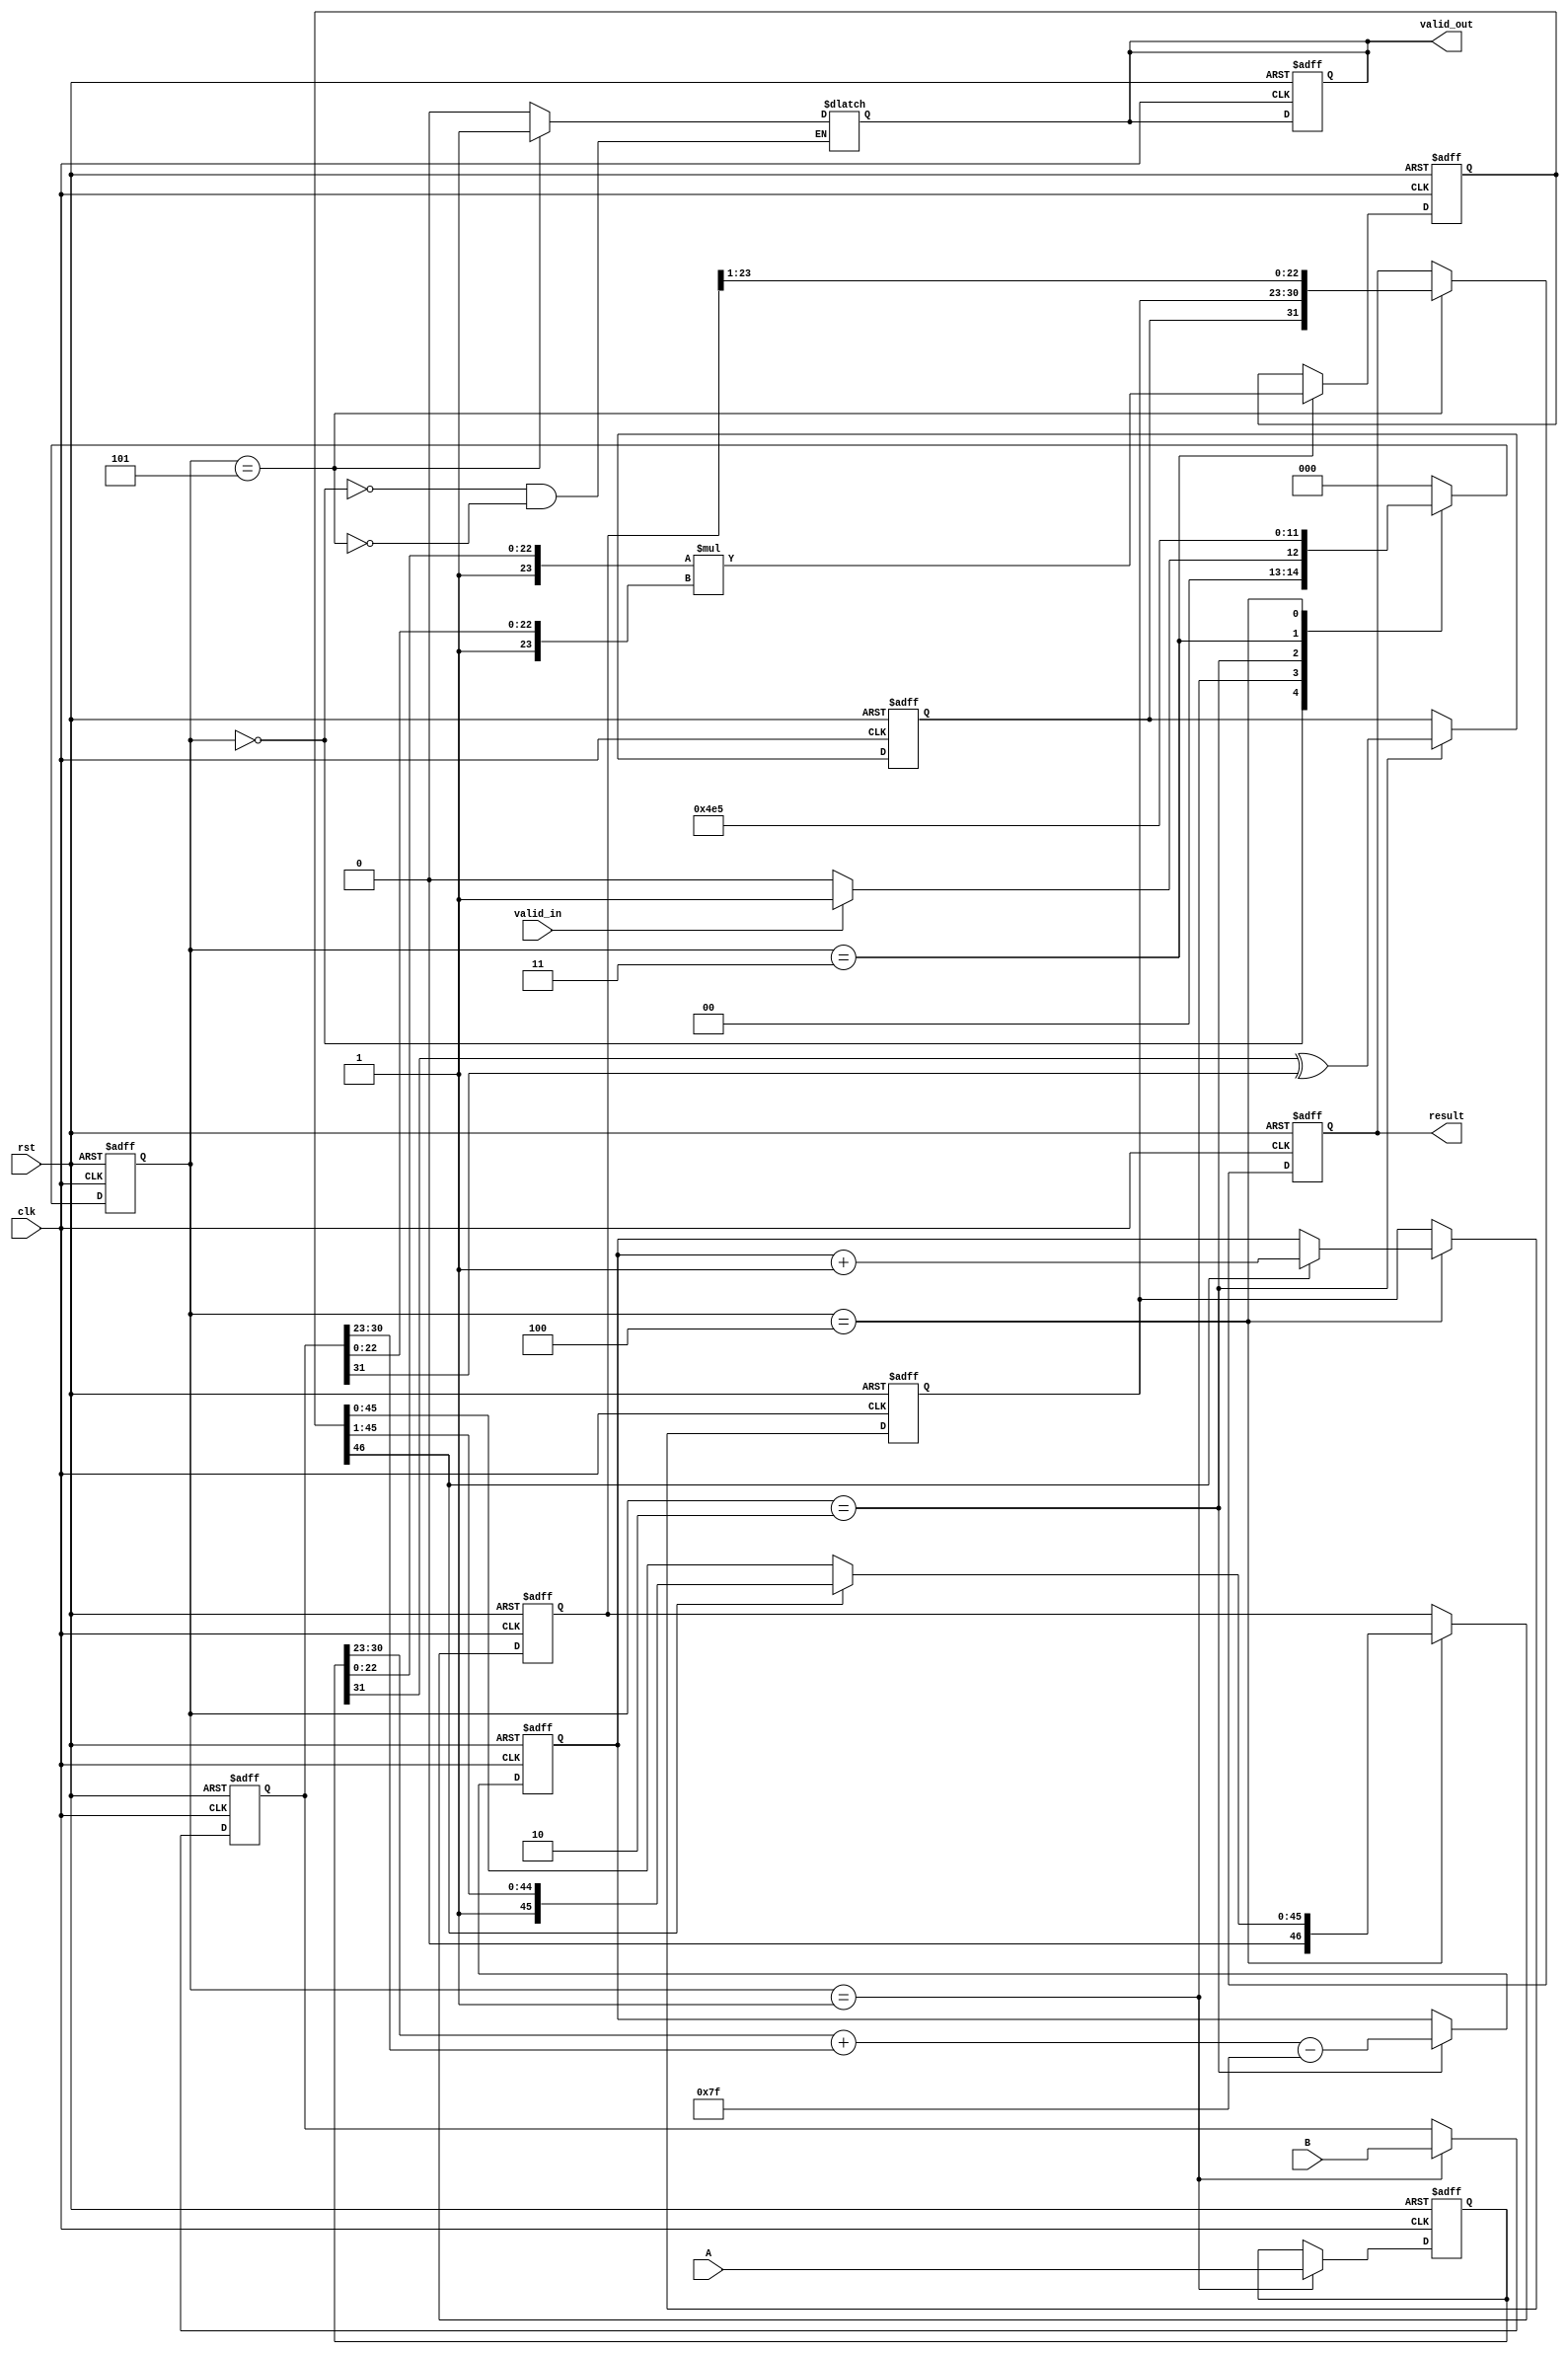
module pipelined_fp_multiplier (
    input clk,
    input rst,
    input valid_in,
    input [31:0] A,
    input [31:0] B,
    output reg valid_out,
    output reg [31:0] result
);

    // State Definitions
    localparam IDLE       = 3'b000;
    localparam DECOMPOSE  = 3'b001;
    localparam SIGN_EXP   = 3'b010;
    localparam MANTISSA   = 3'b011;
    localparam NORMALIZE   = 3'b100;
    localparam ROUND_OUTPUT = 3'b101;
    
    // Pipeline Registers
    reg [31:0] A_reg, B_reg;
    reg sign_out;
    reg [7:0] exp_out;
    reg [46:0] mantissa_out;
    reg [47:0] mantissa_mult;
    reg [7:0] exp_diff;
    reg [22:0] rounded_mantissa;

    // FSM State Register
    reg [2:0] state, next_state;

    // Carrying the exponent bias
    localparam EXP_BIAS = 8'd127;

    // Finite State Machine
    always @(posedge clk or posedge rst) begin
        if (rst) begin
            state <= IDLE;
            valid_out <= 0;
        end else begin
            state <= next_state;
        end
    end

    // State Transition Logic
    always @(*) begin
        case (state)
            IDLE: begin
                valid_out = 0;
                if (valid_in) next_state = DECOMPOSE;
                else next_state = IDLE;
            end
            
            DECOMPOSE: next_state = SIGN_EXP;

            SIGN_EXP: next_state = MANTISSA;

            MANTISSA: next_state = NORMALIZE;

            NORMALIZE: next_state = ROUND_OUTPUT;

            ROUND_OUTPUT: begin
                valid_out = 1;
                next_state = IDLE;
            end

            default: next_state = IDLE;
        endcase
    end
    
    // Input Stage and Decomposition
    always @(posedge clk or posedge rst) begin
        if (rst) begin
            A_reg <= 0;
            B_reg <= 0;
        end else if (state == DECOMPOSE) begin
            A_reg <= A;  // Store input A
            B_reg <= B;  // Store input B
        end
    end
    
    wire [22:0] mantissa_A = A_reg[22:0];
    wire [22:0] mantissa_B = B_reg[22:0];
    wire sign_A = A_reg[31];
    wire sign_B = B_reg[31];
    wire [7:0] exp_A = A_reg[30:23];
    wire [7:0] exp_B = B_reg[30:23];

    // Sign and Exponent Calculation
    always @(posedge clk or posedge rst) begin
        if (rst) begin
            sign_out <= 0;
            exp_diff <= 0;
        end else if (state == SIGN_EXP) begin
            sign_out <= sign_A ^ sign_B; // XOR for sign
            exp_diff <= exp_A + exp_B - EXP_BIAS; // Add exponents and remove bias
        end
    end

    // Mantissa Multiplication
    always @(posedge clk or posedge rst) begin
        if (rst) begin
            mantissa_mult <= 0;
        end else if (state == MANTISSA) begin
            mantissa_mult <= {1'b1, mantissa_A} * {1'b1, mantissa_B}; // Multiplying mantissas
        end
    end

    // Normalization
    always @(posedge clk or posedge rst) begin
        if (rst) begin
            mantissa_out <= 0;
            exp_out <= 0;
        end else if (state == NORMALIZE) begin
            if (mantissa_mult[46]) begin // Check if the first bit is 1 (normalized)
                mantissa_out <= mantissa_mult[46:1]; // Shift right only if normalized
                exp_out <= exp_diff + 1;
            end else begin
                mantissa_out <= mantissa_mult[45:0]; // Shift right if not normalized
                exp_out <= exp_diff;
            end
        end
    end

    // Rounding Stage and Output Assembly
    always @(posedge clk or posedge rst) begin
        if (rst) begin
            result <= 0;
        end else if (state == ROUND_OUTPUT) begin
            // Rounding can be implemented here if needed
            rounded_mantissa = mantissa_out[23:1]; // Truncate to 23 bits
            result <= {sign_out, exp_out, rounded_mantissa}; // Combine into final output
        end
    end

endmodule